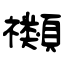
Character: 禷